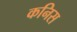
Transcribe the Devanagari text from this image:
कनिस